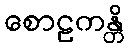
စောဠကန္တိ